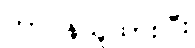
တာဝန်ယူထားပြီး